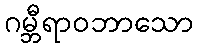
ဂမ္ဘီရာဝဘာသော